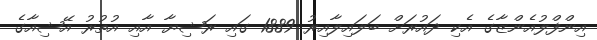
އިންފްލުއެންޒާގެ އެކި ދައުރަށް ބަލައިލާއިރު 1889 ގައި ރަޝިޔާ އާއި އުތުރު އޭޝިއާގެ